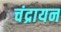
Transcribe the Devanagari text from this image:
चंद्रायन